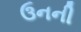
ઉનની